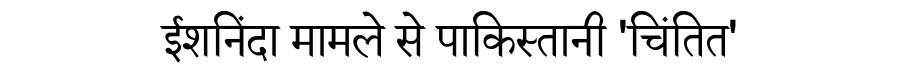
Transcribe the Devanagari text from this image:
ईशनिंदा मामले से पाकिस्तानी 'चिंतित'